Report of the Indian Hemp Drugs Commission, 1894-1895 - Volume V
Year: 1894
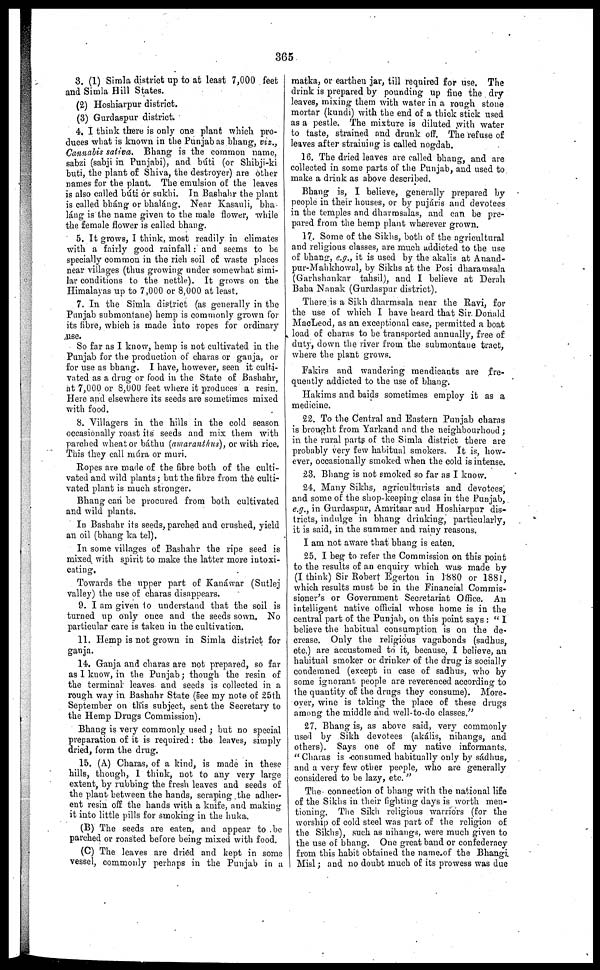
365
3. (1) Simla district up to at least 7,000 feet
and Simla Hill States.
(2) Hoshiarpur district.
(3) Gurdaspur district.
4. I think there is only one plant which pro-
duces what is known in the Punjab as bhang, viz.,
Cannabis saliva. Bhang is the common name,
sabzi (sabji in Punjabi), and búti (or Shibji-ki
buti, the plant of Shiva, the destroyer) are other
names for the plant. The emulsion of the leaves
is also called buti or sukhi. In Bashahr the plant
is called bháng or bhaláng. Near Kasauli, bha-
láng is the name given to the male flower, while
the female flower is called bhang.
5. It grows, I think, most readily in climates
with a fairly good rainfall : and seems to be
specially common in the rich soil of waste places
near villages (thus growing under somewhat simi-
lar conditions to the nettle). It grows on the
Himalayas up to 7,000 or 8,000 at least.
7. In the Simla district (as generally in the
Punjab submontane) hemp is commonly grown for
its fibre, which is made into ropes for ordinary
use.
So far as I know, hemp is not cultivated in the
Punjab for the production of charas or ganja, or
for use as bhang. I have, however, seen it culti-
vated as a drug or food in the State of Bashahr,
at 7,000 or 8,000 feet where it produces a resin.
Here and elsewhere its seeds are sometimes mixed
with food.
8. Villagers in the hills in the cold season
occasionally roast its seeds and mix them with
parched wheat or báthu (amaranthus), or with rice.
This they call múra or muri.
Ropes are made of the fibre both of the culti-
vated and wild plants ; but the fibre from the culti-
vated plant is much stronger.
Bhang can be procured from both cultivated
and wild plants.
In Bashahr its seeds, parched and crushed, yield
an oil (bhang ka tel).
In some villages of Bashahr the ripe seed is
mixed with spirit to make the latter more intoxi-
cating.
Towards the upper part of Kanáwar (Sutlej
valley) the use of charas disappears.
9. I am given to understand that the soil is
turned up only once and the seeds sown, No
particular care is taken in the cultivation.
11. Hemp is not grown in Simla district for
ganja.
14. Ganja and charas are not prepared, so far
as I know, in the Punjab; though the resin of
the terminal leaves and seeds is collected in a
rough way in Bashahr State (see my note of 25th
September on this subject, sent the Secretary to
the Hemp Drugs Commission).
Bhang is very commonly used ; but no special
preparation of it is required : the leaves, simply
dried, form the drug.
15. (A) Charas, of a kind, is made in these
hills, though, 1 think, not to any very large
extent, by rubbing the fresh leaves and seeds of
the plant between the hands, scraping the adher-
ent resin off the hands with a knife, and making
it into little pills for smoking in the huka.
(B) The seeds are eaten, and appear to be
parched or roasted before being mixed with food.
(C) The leaves are dried and kept in some
vessel, commonly perhaps in the Punjab in a
matka, or earthen jar, till required for use. The
drink is prepared by pounding up fine the dry
leaves, mixing them with water in a rough stone
mortar (kundi) with the end of a thick stick used
as a pestle. The mixture is diluted with water
to taste, strained and drunk off. The refuse of
leaves after straining is called nogdah.
16. The dried leaves are called bhang, and are
collected in some parts of the Punjab, and used to
make a drink as above described.
Bhang is, I believe, generally prepared by
people in their houses, or by pujáris and devotees
in the temples and dharmsalas, and can be pre-
pared from the hemp plant wherever grown.
17. Some of the Sikhs, both of the agricultural
and religious classes, are much addicted to the use
of bhang, e.g., it is used by the akalis at Anand-
pur-Mahkhowal, by Sikhs at the Posi dharamsala
(Garhshankar tahsil), and I believe at Derail
Baba Nanak (Gurdaspur district).
There is a Sikh dharmsala near the Ravi, for
the use of which I have heard that Sir. Donald
MacLeod, as an exceptional case, permitted a boat
load of charas to be transported annually, free of
duty, down the river from the submontane tract,
where the plant grows.
Fakirs and wandering mendicants are fre-
quently addicted to the use of bhang.
Hakims and baids sometimes employ it as a
medicine.
22. To the Central and Eastern Punjab charas
is brought from Yarkand and the neighbourhood ;
in the rural parts of the Simla district there are
probably very few habitual smokers. It is, how-
ever, occasionally smoked when the cold is intense.
23. Bhang is not smoked so far as I know.
24. Many Sikhs, agriculturists and devotees,
and some of the shop-keeping class in the Punjab,
e.g., in Gurdaspur, Amritsar and Hoshiarpur dis-
tricts, indulge in bhang drinking, particularly,
it is said, in the summer and rainy reasons.
I am not aware that bhang is eaten.
25. I beg to refer the Commission on this point
to the results of an enquiry which was made by
(I think) Sir Robert Egerton in 1880 or 1881,
which results must be in the Financial Commis-
sioner's or Government Secretariat Office. An
intelligent native official whose home is in the
central part of the Punjab, on this point says : "I
believe the habitual consumption is on the de-
crease. Only the religious vagabonds (sadhus,
etc.) are accustomed to it, because, I believe, an
habitual smoker or drinker of the drug is socially
condemned (except in case of sadhus, who by
some ignorant, people are reverenced according to
the quantity of the drugs they consume). More-
over, wine is taking the place of these drugs
among the middle and well-to-do classes."
27. Bhang is, as above said, very commonly
used by Sikh devotees (akális, nihangs, and
others). Says one of my native informants.
"Charas is consumed habitually only by sadhus,
and a very few other people, who are generally
considered to be lazy, etc. "
The connection of bhang with the national life
of the Sikhs in their fighting days is worth men-
tioning. The Sikh religious warriors (for the
worship of cold steel was part of the religion of
the Sikhs), such as nihangs, were much given to
the use of bhang. One great band or confederacy
from this habit obtained the name of the Bhangi.
Misl ; and no doubt much of its prowess was due